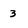
Character: 3